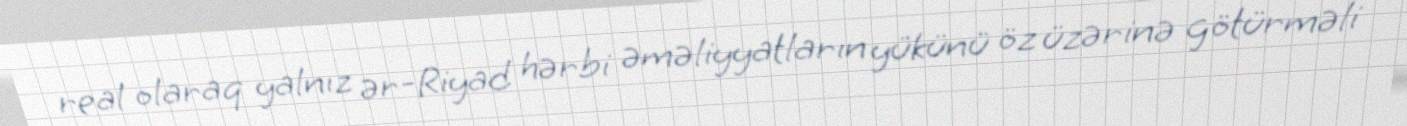
real olaraq yalnız ər-Riyad hərbi əməliyyatların yükünü öz üzərinə götürməli